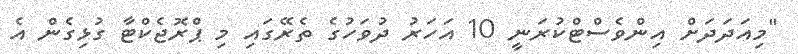
"މިއަދަދަށް އިންވެސްޓްކުރަނީ 10 އަހަރު ދުވަހުގެ ތެރޭގައި މި ޕްރޮޖެކްޓާ ގުޅިގެން އެ